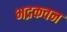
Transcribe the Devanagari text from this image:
भद्रकवन